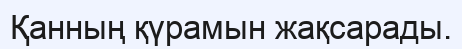
Қанның қүрамын жақсарады.